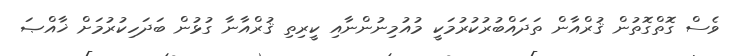
ވެސް ގޮތްގޮތުން ޤުރްއާން ތަދައްބުރުކުރުމަކީ މުއުމިނުންނާއި ކީރިތި ޤުރްއާނާ ގުޅުން ބަދަހިކުރުމަށް ޚާއްޞަ